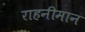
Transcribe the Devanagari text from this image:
राहनीमान